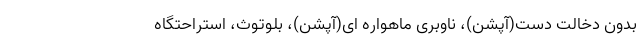
بدون دخالت دست(آپشن)، ناوبری ماهواره ای(آپشن)، بلوتوث، استراحتگاه